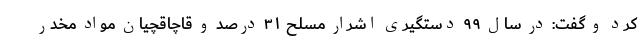
کرد و گفت: در سال ۹۹ دستگیری اشرار مسلح ۳۱ درصد و قاچاقچیان مواد مخدر